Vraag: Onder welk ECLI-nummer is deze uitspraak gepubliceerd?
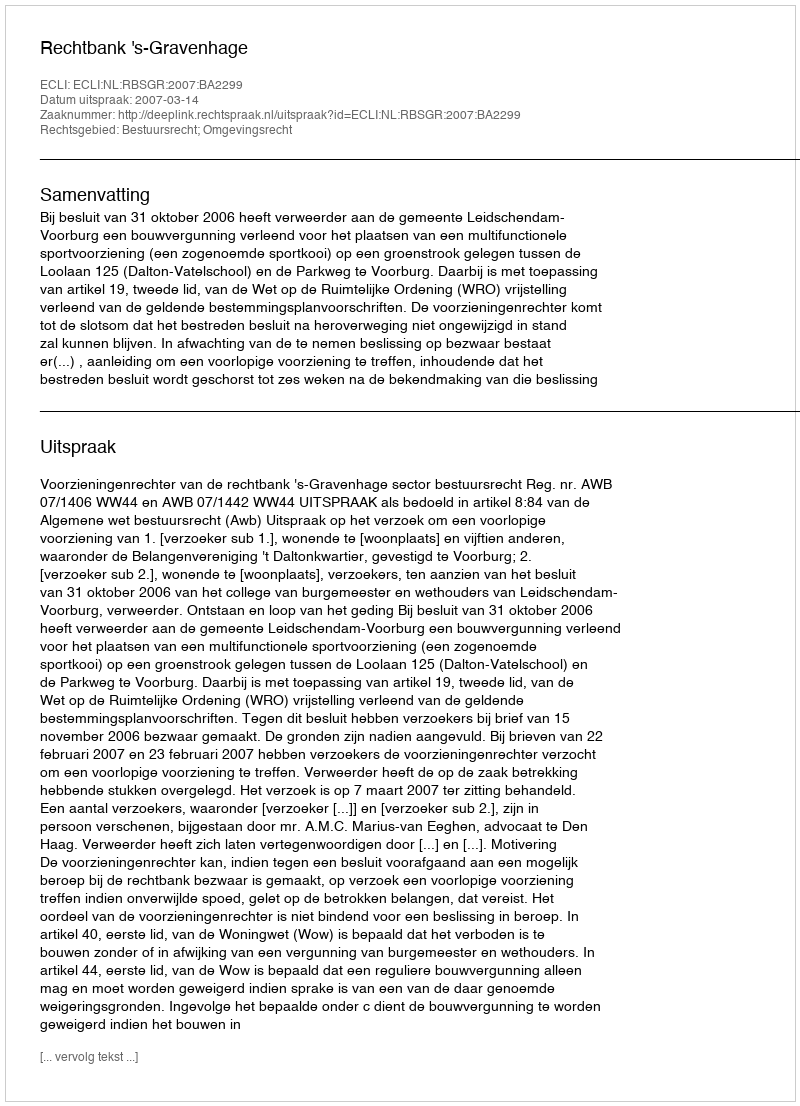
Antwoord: ECLI:NL:RBSGR:2007:BA2299